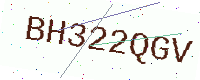
Text: BH322QGV